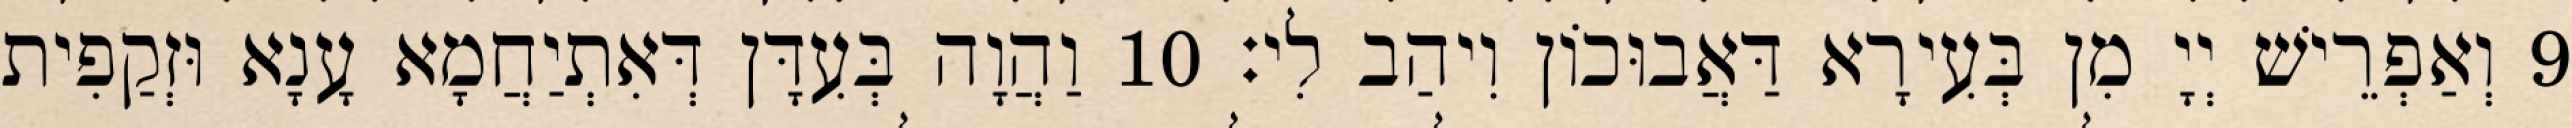
9 וְאַפְרֵישׁ יְיָ מִן בְּעִירָא דַּאֲבוּכוֹן וִיהַב לִי׃ 10 וַהֲוָה בְּעִדָּן דְּאִתְיַחֲמָא עָנָא וּזְקַפִית